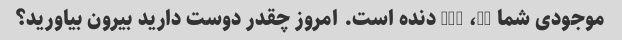
موجودی شما 21، 290 دنده است. امروز چقدر دوست دارید بیرون بیاورید؟